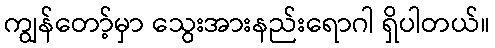
ကျွန်တော့်မှာ သွေးအားနည်းရောဂါ ရှိပါတယ်။